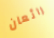
رائعان